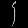
Digit: ၄